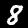
Label: 8